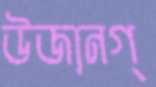
উজানগ্